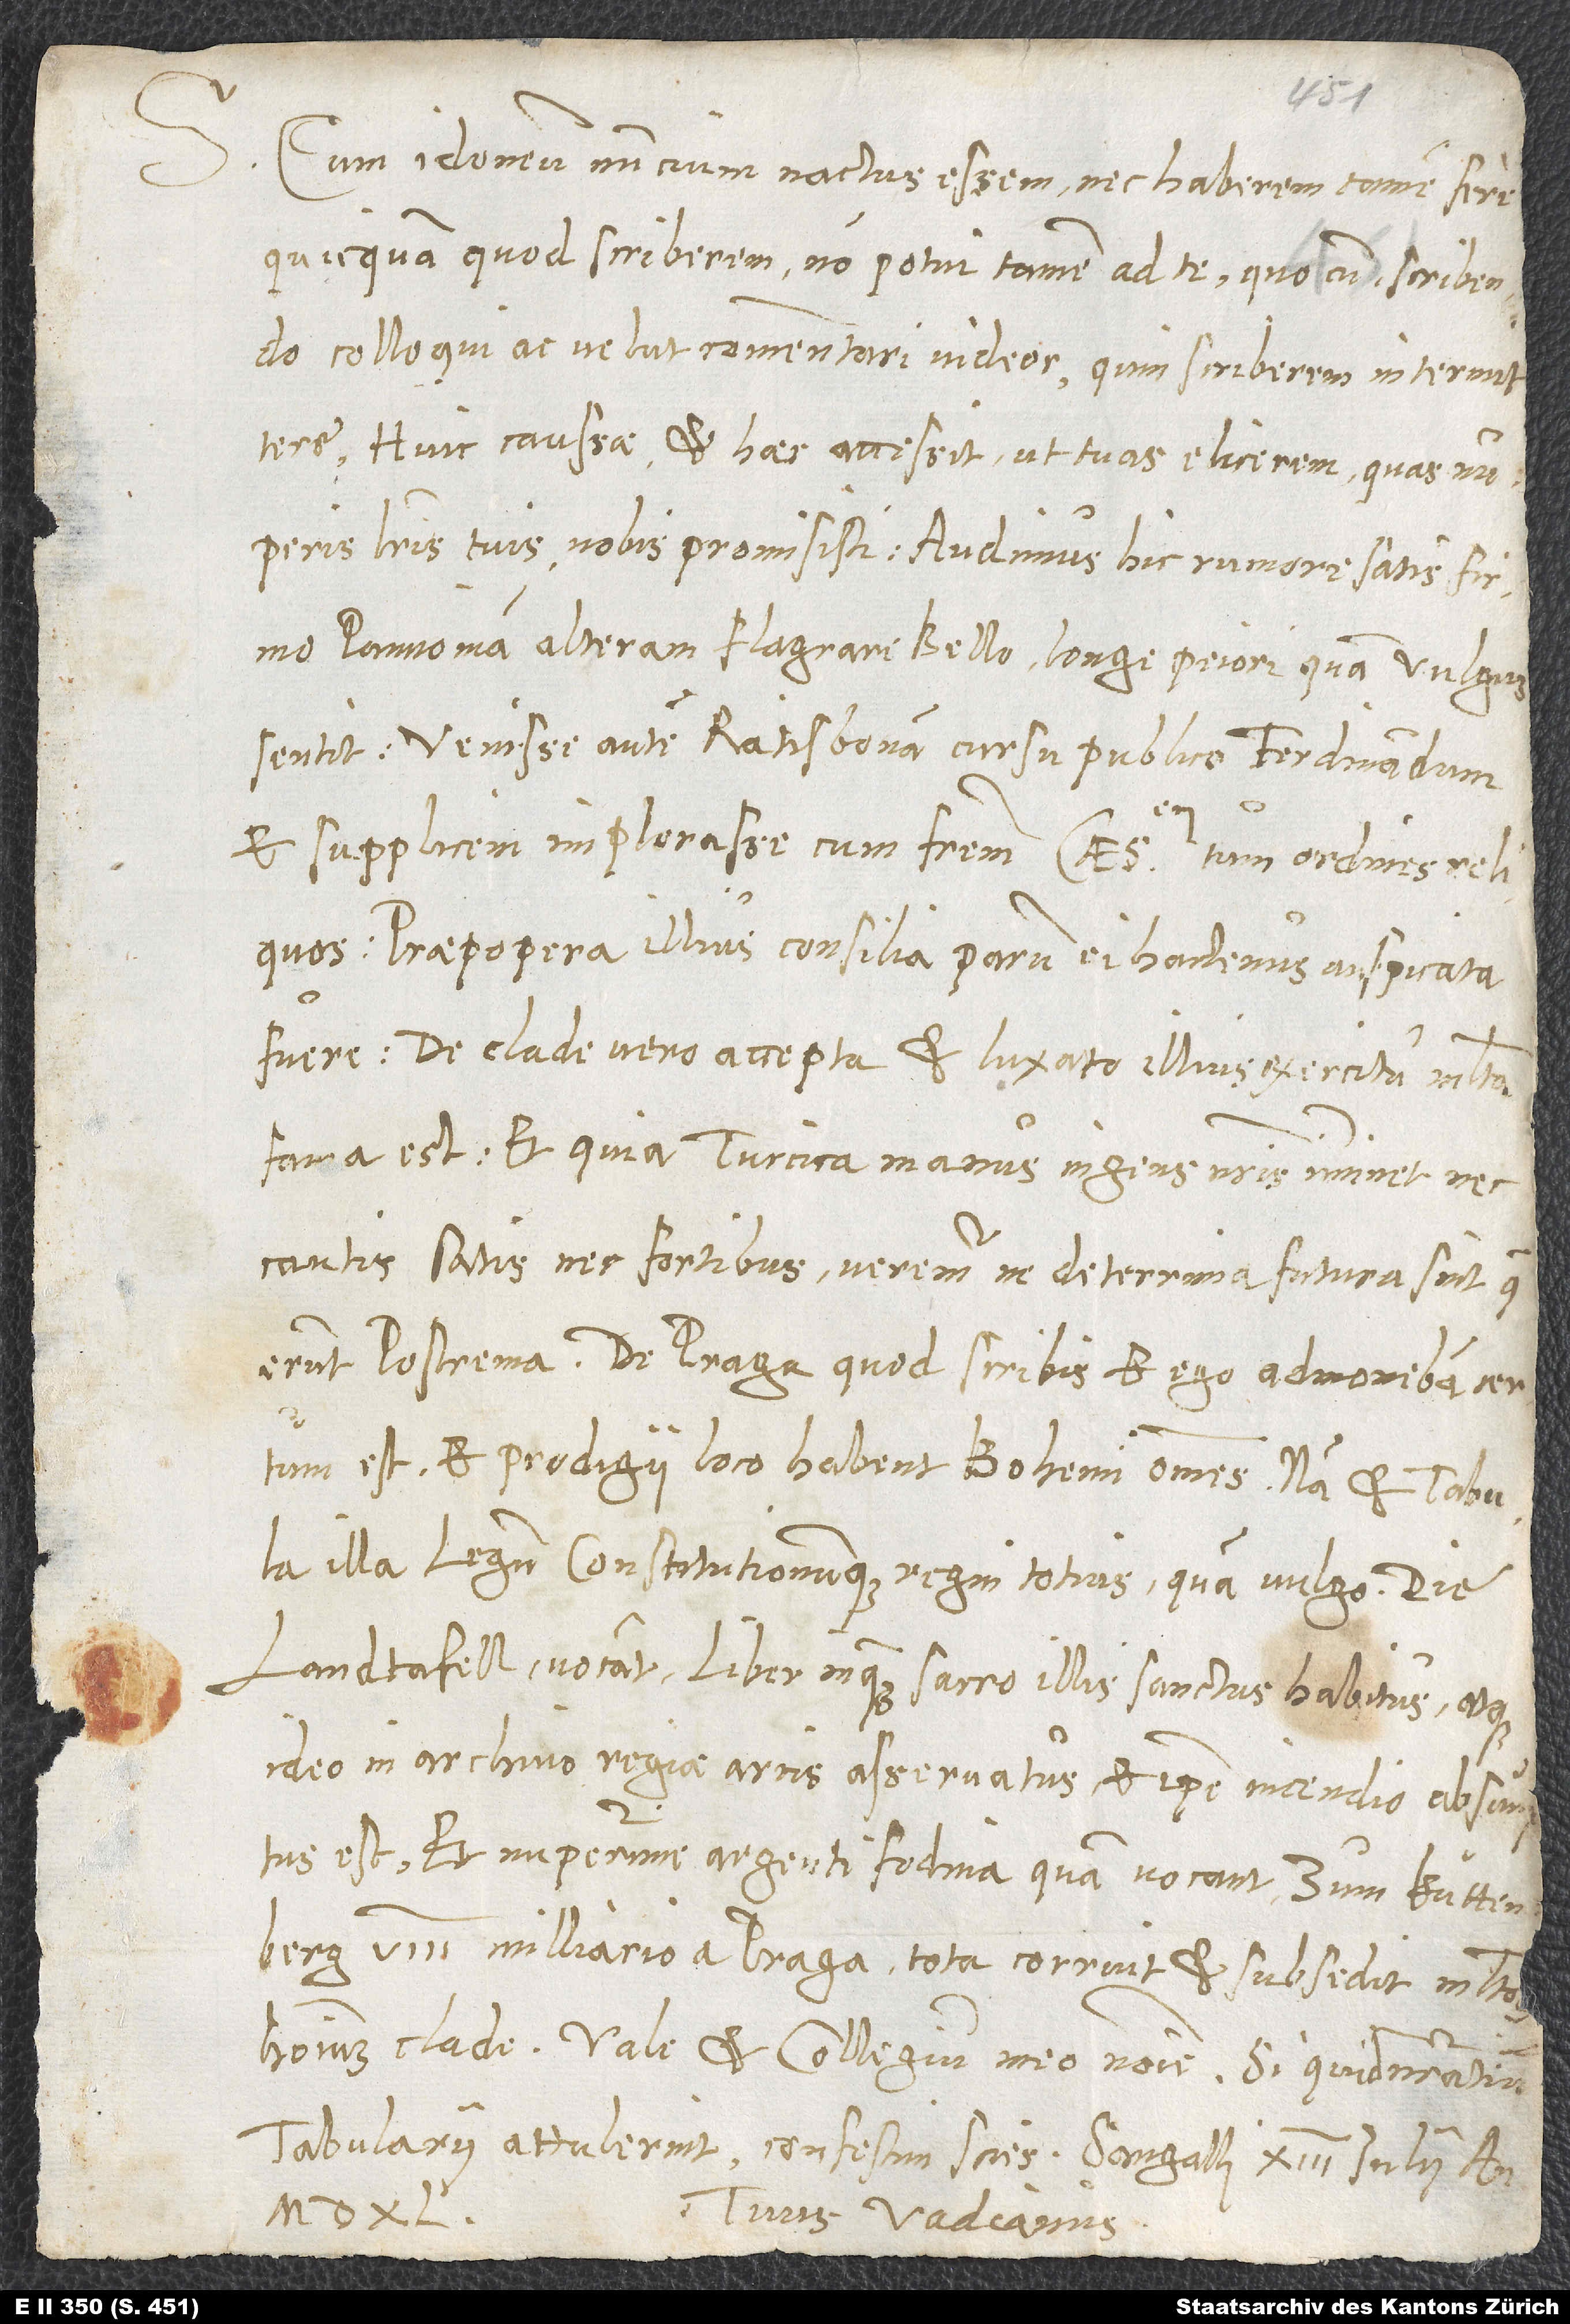
Cum idoneum nuntium nactus essem nec haberem tamen fere
quicquam, quod scriberem, non potui tamen ad te, quocum scribendo
colloqui ac velut commentari videor, quin scriberem intermittere.
Huic caussae et haec accessit, ut tuas elicerem, quas nuperis
literis tuis nobis promisisti. Audimus hic rumore satis firmo,
Pannoniam alteram flagrare bello longe peiori, quam vulgus
sentit; venisse autem Ratisbonam cursu publico Ferdinandum
et supplicem implorasse cum fratrem Caesarem, tum ordines reliquos.
Praepropera illius consilia parum ei hactenus auspicata
fuere. De clade vero accepta et luxato illius exercitu multa
fama est, et quia Turcica manus ingens nostris imminet nec,
cautis satis nec fortibus, veremur, ne deterrima futura sint, quae
erunt postrema. De Praga quod scribis et ego admonebam, certum
est, et prodigii loco habent Bohemi omnes. Nam et tabula
illa legum constitutionumque regni totius, quam vulgo die
Landtafell vocant, liber, inquam, sacro illis sanctus habitus atque
ideo in archivo regiae arcis asservatus, et ipse incendio absumptus
est. Et nuperrime argentifodina, quam vocant zum Kuttenberg,
milliario a Praga, tota corruit et subsedit, multorum
tabularii attulerint, confestim scies. Sangalli, XIII. Iulii, anno
Tuus Vadianus.